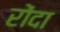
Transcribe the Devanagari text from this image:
रोंदा